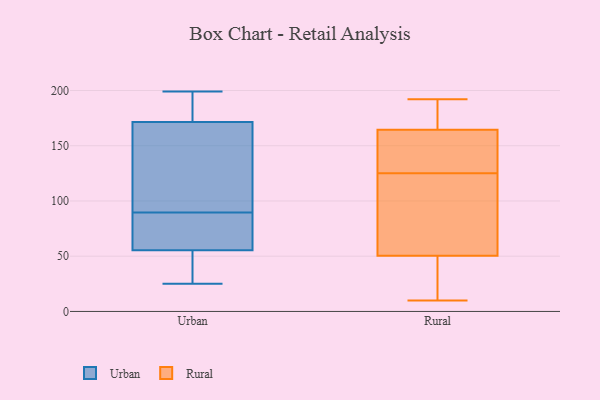
{"axis": {"x": "Production Output", "y": "Value"}, "legend": ["Rural", "Urban"], "data": [{"x": "", "y": 199, "type": "Urban"}, {"x": "", "y": 169, "type": "Urban"}, {"x": "", "y": 89, "type": "Urban"}, {"x": "", "y": 198, "type": "Urban"}, {"x": "", "y": 33, "type": "Urban"}, {"x": "", "y": 50, "type": "Urban"}, {"x": "", "y": 95, "type": "Urban"}, {"x": "", "y": 174, "type": "Urban"}, {"x": "", "y": 68, "type": "Urban"}, {"x": "", "y": 90, "type": "Urban"}, {"x": "", "y": 25, "type": "Urban"}, {"x": "", "y": 61, "type": "Urban"}, {"x": "", "y": 186, "type": "Rural"}, {"x": "", "y": 49, "type": "Rural"}, {"x": "", "y": 121, "type": "Rural"}, {"x": "", "y": 10, "type": "Rural"}, {"x": "", "y": 192, "type": "Rural"}, {"x": "", "y": 42, "type": "Rural"}, {"x": "", "y": 51, "type": "Rural"}, {"x": "", "y": 132, "type": "Rural"}, {"x": "", "y": 161, "type": "Rural"}, {"x": "", "y": 125, "type": "Rural"}, {"x": "", "y": 110, "type": "Rural"}, {"x": "", "y": 175, "type": "Rural"}, {"x": "", "y": 155, "type": "Rural"}]}